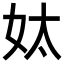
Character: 𡛕